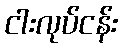
ငါးလုပ်ငန်း